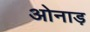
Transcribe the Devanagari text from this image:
ओनाड़